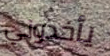
يأخذوني